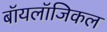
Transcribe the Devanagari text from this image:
बॉयलॉजिकल